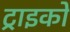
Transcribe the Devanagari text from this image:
ट्राइको